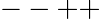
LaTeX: --++